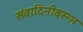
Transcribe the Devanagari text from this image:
संवादिनीवरून